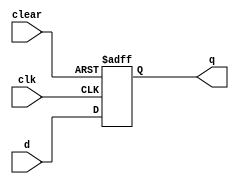
module ex_8bitreg(clk,clear,d,q);

input clk    ;
input clear  ;
input [7:0] d;

output reg [7:0] q;

always@(posedge clear or posedge clk) begin
	if(clear)
	 q <= 8'b0;
	else
	 q <= d;
end

endmodule